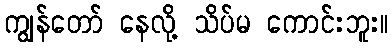
ကျွန်တော် နေလို့ သိပ်မ ကောင်းဘူး။